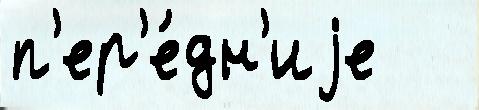
п'ер'е́дн'иjе